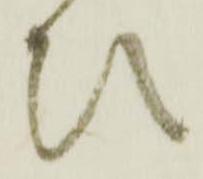
ひ